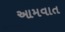
આમવાત